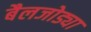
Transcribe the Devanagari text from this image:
बैलजोड्या